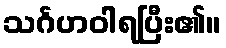
သင်္ဂဟဝါရပြီး၏။